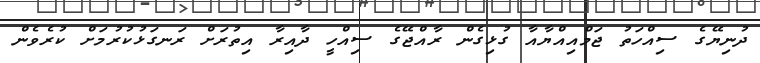
ދުނިޔޭގެ ސިއްހަތު ޖަމްއިއްޔާއާ ގުޅިގެން ރާއްޖޭގެ ސިއްހީ ދާއިރާ އިތުރަށް ރަނގަޅުކުރުމަށް ކުރެވެން